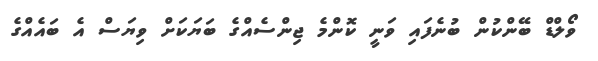
ވޯލްޑް ބޭންކުން ބުނެފައި ވަނީ ކޮންމެ ޖިންސެއްގެ ބަޔަކަށް ވިޔަސް އެ ބައެއްގެ